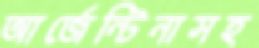
আর্জেন্টিনাসহ